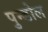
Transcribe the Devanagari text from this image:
पुन्डोल